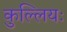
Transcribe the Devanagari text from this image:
कुल्लियः